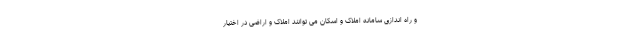
و راه اندازی سامانه املاک و اسکان می توانند املاک و اراضی در اختیار